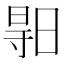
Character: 𣈗